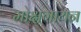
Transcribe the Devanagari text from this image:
मोक्षगायन